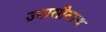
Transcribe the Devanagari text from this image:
उपासीताथ